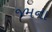
જમના